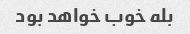
بله خوب خواهد بود